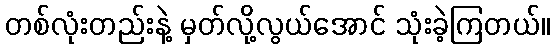
တစ်လုံးတည်းနဲ့ မှတ်လို့လွယ်အောင် သုံးခဲ့ကြတယ်။